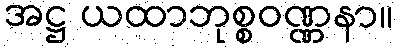
အဋ္ဌ ယထာဘုစ္စဝဏ္ဏနာ။